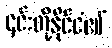
၎င်းတို့နိုင်ငံ၏